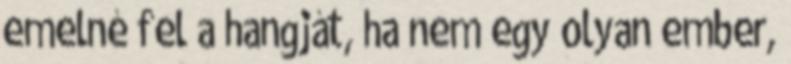
emelné fel a hangját, ha nem egy olyan ember,